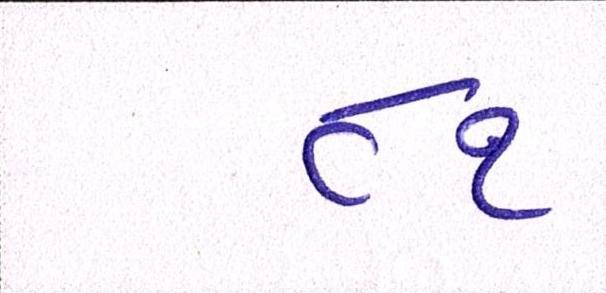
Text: ૮૧